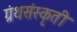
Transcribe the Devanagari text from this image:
ग्रंथसंस्‍कृती